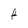
Character: f